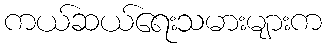
ကယ်ဆယ်ရေးသမားများက